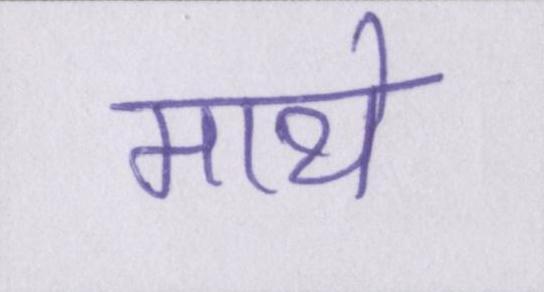
माथे